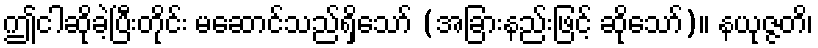
ဤငါဆိုခဲ့ပြီးတိုင်း မဆောင်သည်ရှိသော် (အခြားနည်းဖြင့် ဆိုသော်)။ နယုဇ္ဇတိ၊